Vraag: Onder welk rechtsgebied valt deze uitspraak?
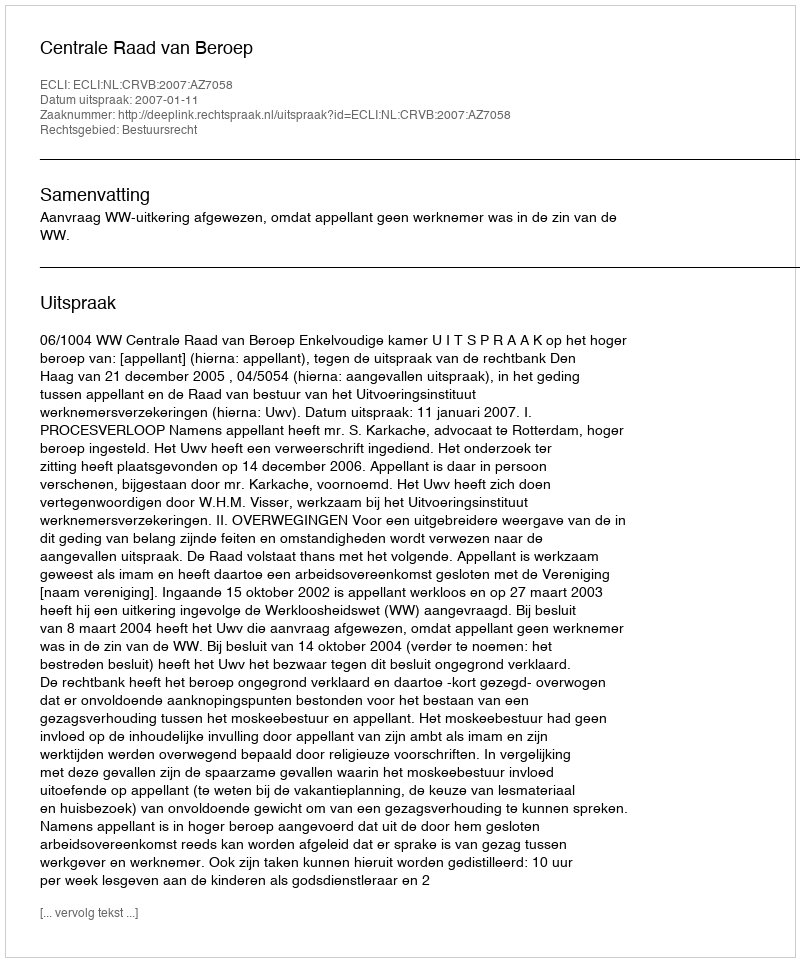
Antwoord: Bestuursrecht